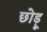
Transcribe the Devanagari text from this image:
छोड़ू